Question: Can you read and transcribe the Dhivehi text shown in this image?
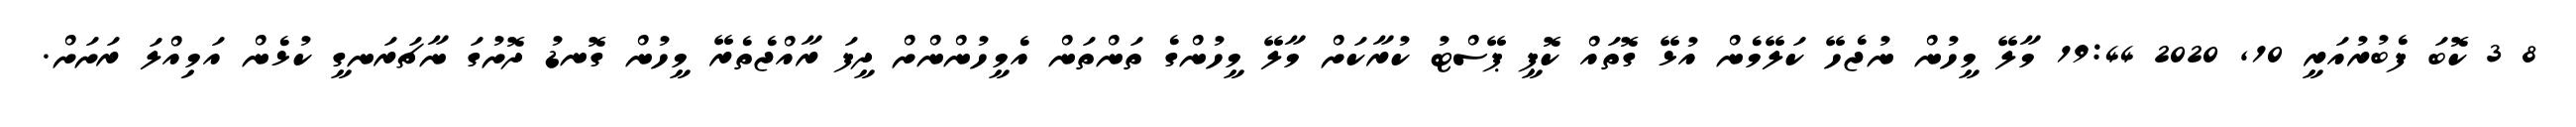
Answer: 8 3 ކޮބަ ފެބުރުއަރީ 10, 2020 19:44 މާލޭ މީހުން ނުޖެހޭ ކަލޭމެން އުޅޭ ގޮތައް ކޮޕީ ޕޭސްޓު ކުރާކަށް މާލޭ މީހުންގެ ތަންތަން އެމީހުންންށް ދީފަ ރާއްޖެތެރޭ މީހުން ގޮނޑު ދޮށުގަ ނާޗަރަނގީ ކުޅެން އަމިއްލަ ރަށަށް.